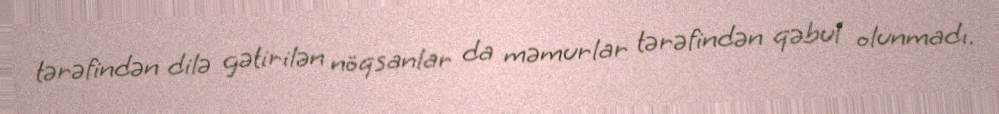
tərəfindən dilə gətirilən nöqsanlar da məmurlar tərəfindən qəbul olunmadı.